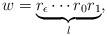
LaTeX: \begin{align*}w=\underbrace{r_{\epsilon}\cdots r_{0}r_{1}}_{l},\end{align*}